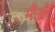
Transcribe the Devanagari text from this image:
मौबी